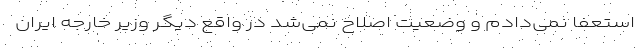
استعفا نمی‌دادم و وضعیت اصلاح نمی‌شد در واقع دیگر وزیر خارجه ایران